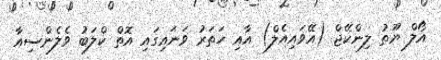
އޯލް ޔޫތު ލިންކޭޖް (އޭވައިއެލް) އާއި ހަތަރު ވަނައިގައި އޮތް ކްލަބު ވެލެންސިއާ